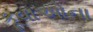
કૂવાઓના